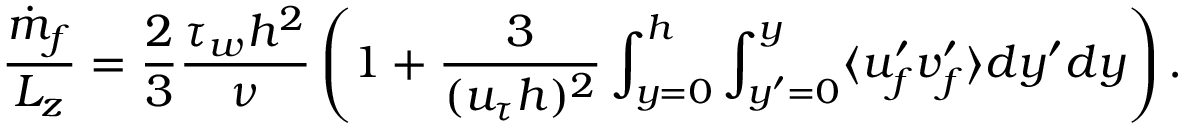
\frac { \dot { m } _ { f } } { L _ { z } } = \frac { 2 } { 3 } \frac { \tau _ { w } h ^ { 2 } } { \nu } \left( 1 + \frac { 3 } { ( u _ { \tau } h ) ^ { 2 } } \int _ { y = 0 } ^ { h } \int _ { y ^ { \prime } = 0 } ^ { y } \langle u _ { f } ^ { \prime } v _ { f } ^ { \prime } \rangle d y ^ { \prime } d y \right) .